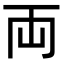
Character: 両